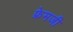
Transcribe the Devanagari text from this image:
फ्रेमजी